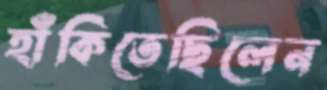
হাঁকিতেছিলেন